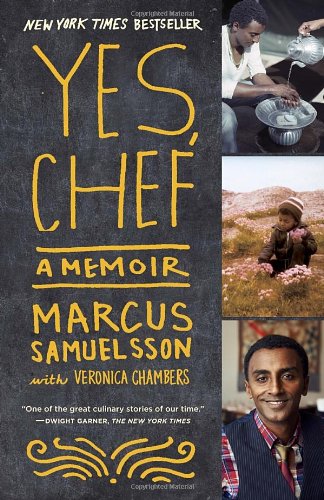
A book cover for Yes, Chef: A Memoir; Marcus Samuelsson; Cookbooks, Food & Wine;